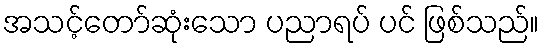
အသင့်တော်ဆုံးသော ပညာရပ် ပင် ဖြစ်သည်။